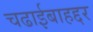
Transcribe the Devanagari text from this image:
चढाईबाहद्दर